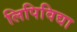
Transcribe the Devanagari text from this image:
लिपिविद्या